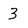
Character: 3